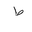
Letter: _da